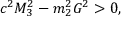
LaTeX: c ^ { 2 } M _ { 3 } ^ { 2 } - m _ { 2 } ^ { 2 } G ^ { 2 } > 0 ,